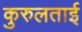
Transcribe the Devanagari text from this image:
कुरुलताई